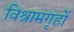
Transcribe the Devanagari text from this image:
विश्रामगृहों